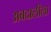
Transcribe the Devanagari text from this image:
अबदालीला